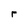
Character: r